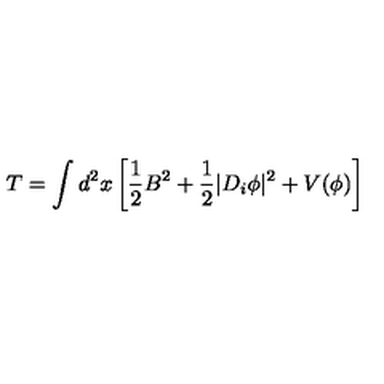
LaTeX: T = \int d ^ { 2 } x \left[ \frac { 1 } { 2 } B ^ { 2 } + \frac { 1 } { 2 } | D _ { i } \phi | ^ { 2 } + V ( \phi ) \right]